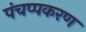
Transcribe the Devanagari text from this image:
पंचप्पकरण